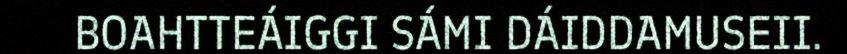
BOAHTTEÁIGGI SÁMI DÁIDDAMUSEII.